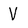
Character: V